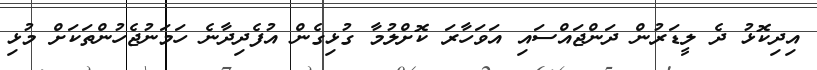
އިދިކޮޅު ދެ ލީޑަރުން ދަންޖައްސައި އަވަހާރަ ކޮށްލުމާ ގުޅިގެން އުފެދިދާނެ ހަމަނުޖެހުންތަކަށް މުޅި